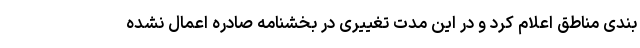
بندی مناطق اعلام کرد و در این مدت تغییری در بخشنامه صادره اعمال نشده